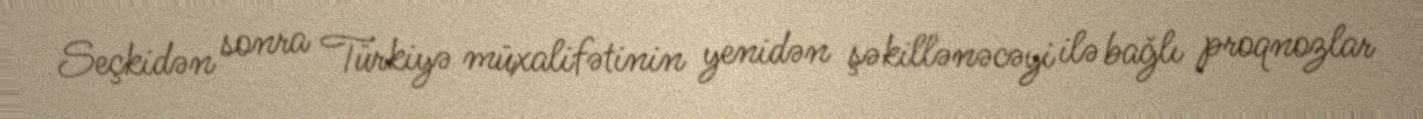
Seçkidən sonra Türkiyə müxalifətinin yenidən şəkillənəcəyi ilə bağlı proqnozlar